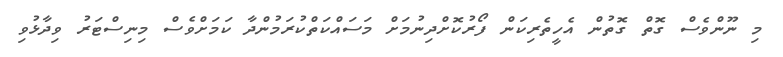
މި ނޫންވެސް ގޮތް ގޮތުން އެހީތެރިކަން ފޯރުކޮށްދިނުމަށް މަސައްކަތްކުރަމުންދާ ކަމަށްވެސް މިނިސްޓަރު ވިދާޅުވި